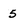
Character: 5